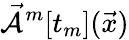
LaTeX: \mathcal{\vec{A}}^{m}[t_{m}](\vec{x})